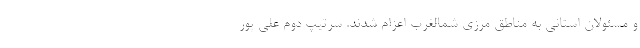
و مسئولان استانی به مناطق مرزی شمالغرب اعزام شدند. سرتیپ دوم علی پور